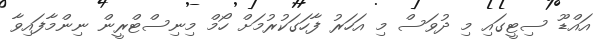
އައްޑޫ ސިޓީގައި މި ދުވަސް މި އަހަރު ފާހަގަކުރުމަށް ހޯމް މިނިސްޓްރީން ނިންމާފައިވާ